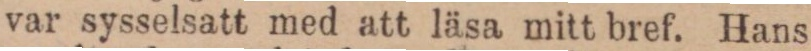
var sysselsatt med att läsa mitt bref. Hans